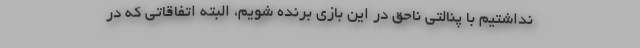
نداشتیم با پنالتی ناحق در این بازی برنده شویم، البته اتفاقاتی که در